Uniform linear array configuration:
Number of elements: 64
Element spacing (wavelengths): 1
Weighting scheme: blackman
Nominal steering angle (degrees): -30
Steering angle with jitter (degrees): -29.118
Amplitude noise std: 0.05
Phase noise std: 0.05

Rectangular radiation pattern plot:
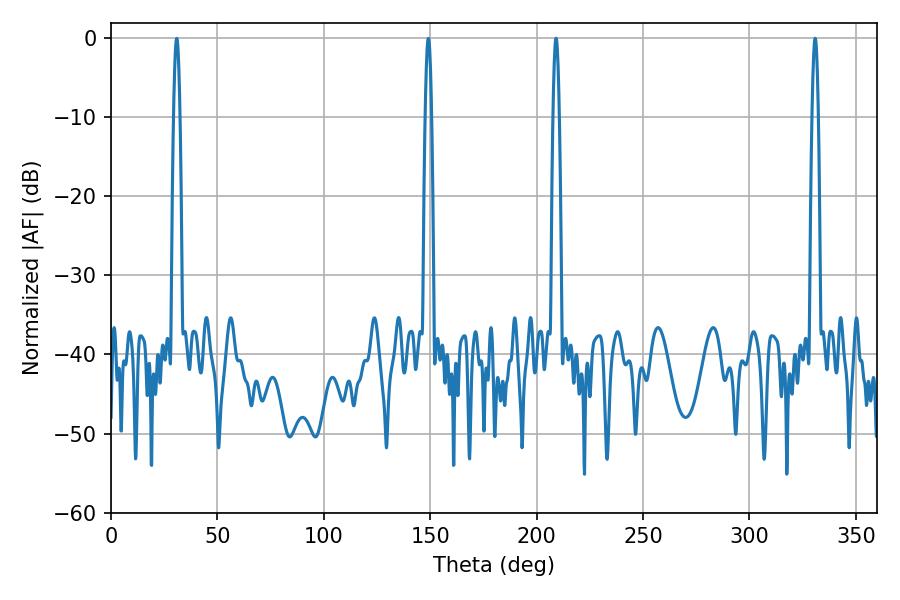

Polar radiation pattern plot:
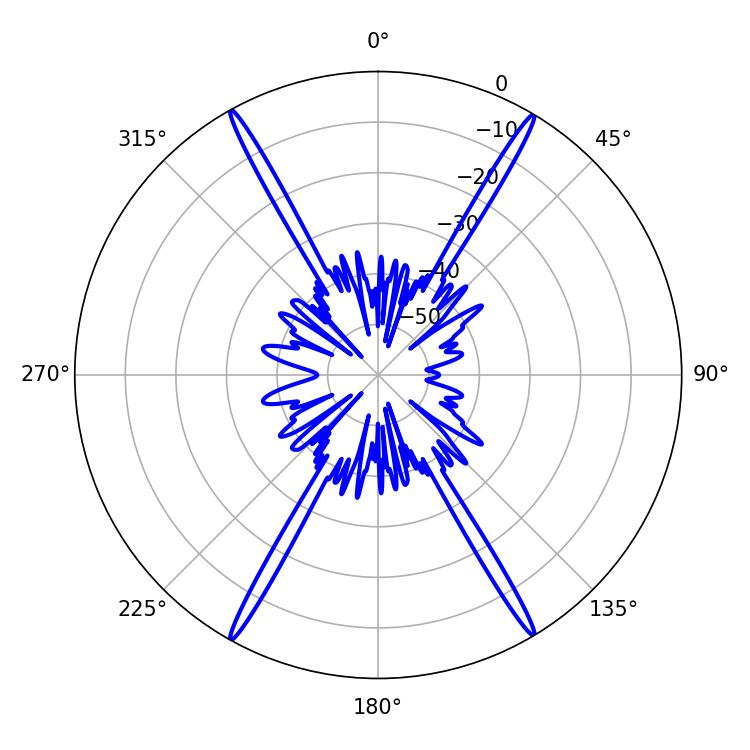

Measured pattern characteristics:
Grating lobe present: TRUE
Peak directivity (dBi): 29.593
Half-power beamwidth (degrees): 1.44
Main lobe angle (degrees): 330.84